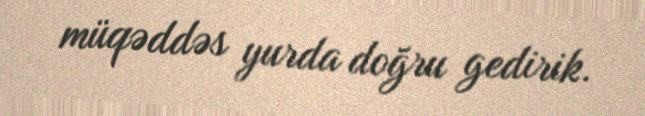
müqəddəs yurda doğru gedirik.